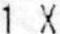
1 X